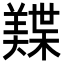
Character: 𬙾